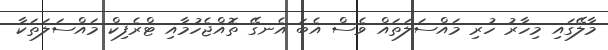
މާލޭގައި މިހާރު ހުރި މައްސަލަތައް ވެސް އެބަ އެނގޭ ތޮއްޖެހުމާއި ޓްރެފިކް މައްސަލަތަކާ